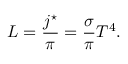
L = { \frac { j ^ { \star } } { \pi } } = { \frac { \sigma } { \pi } } T ^ { 4 } .